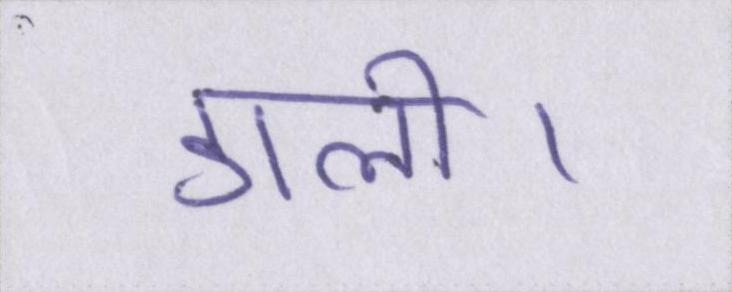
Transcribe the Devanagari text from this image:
डाली।